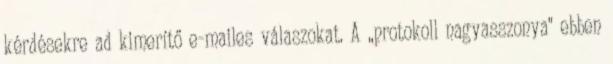
kérdésekre ad kimerítő e-mailes válaszokat. A ,,protokoll nagyasszonya" ebben